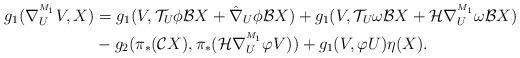
LaTeX: \begin{align*}g_{1}(\nabla^{^{M_1}}_{U}V,X)&=g_{1}(V,\mathcal{T}_{U}\phi \mathcal{B}X+\hat{\nabla}_{U}\phi\mathcal{B}X)+g_{1}(V,\mathcal{T}_{U}\omega\mathcal{B}X+\mathcal{H}\nabla^{^{M_1}}_{U}\omega\mathcal{B}X) \\&-g_{2}(\pi_{\ast}(\mathcal{C}X),\pi_{\ast}(\mathcal{H}\nabla^{^{M_1}}_{U}\varphi V))+g_{1}(V,\varphi U)\eta(X).\end{align*}